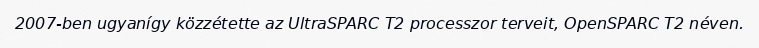
2007-ben ugyanígy közzétette az UltraSPARC T2 processzor terveit, OpenSPARC T2 néven.